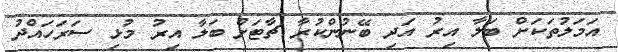
އަމަލުތަކަށް ބަލާ އިރު އަދި ބޭނުންކުރާ ޗާޓަށް ބަލާ އިރު މުޅި ސަރަހައްދު